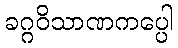
ခဂ္ဂဝိသာဏကပ္ပေါ